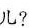
儿?